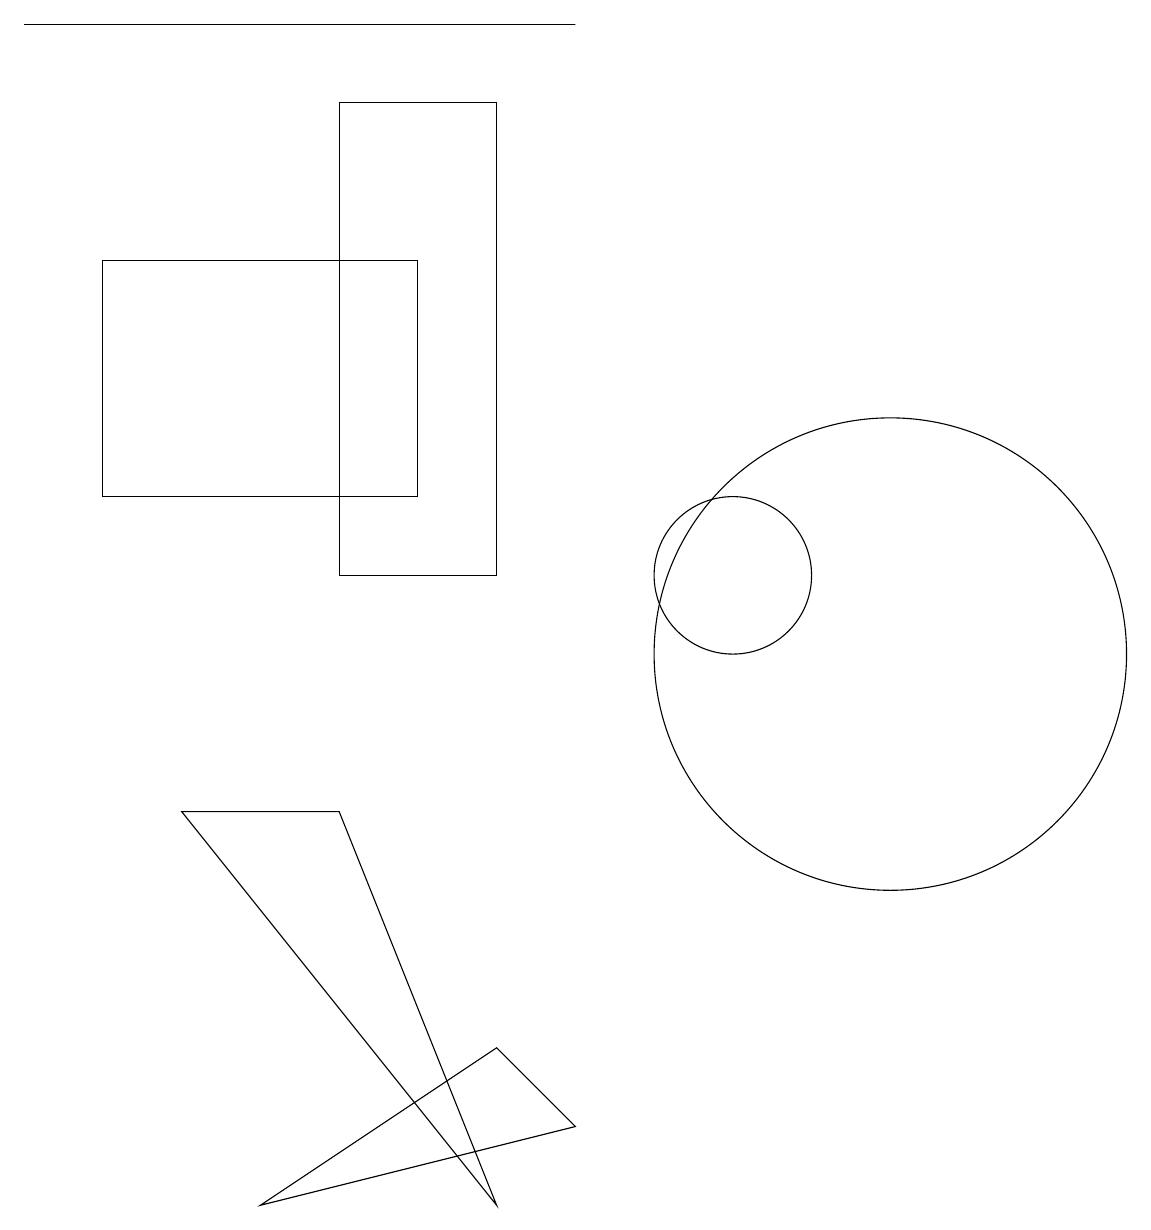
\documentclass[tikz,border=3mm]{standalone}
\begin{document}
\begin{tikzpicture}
\draw (1,19) rectangle (8,19);
\draw (10,12) circle (1);
\draw (5,18) rectangle (7,12);
\draw (2,13) rectangle (6,16);
\draw (12,11) circle (3);
\draw (7,4) -- (5,9) -- (3,9) -- cycle;
\draw (4,4) -- (8,5) -- (7,6) -- cycle;
\draw (7,17) rectangle (7,15);
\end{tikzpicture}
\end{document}